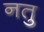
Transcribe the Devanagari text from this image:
नतु